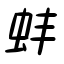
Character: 蚌